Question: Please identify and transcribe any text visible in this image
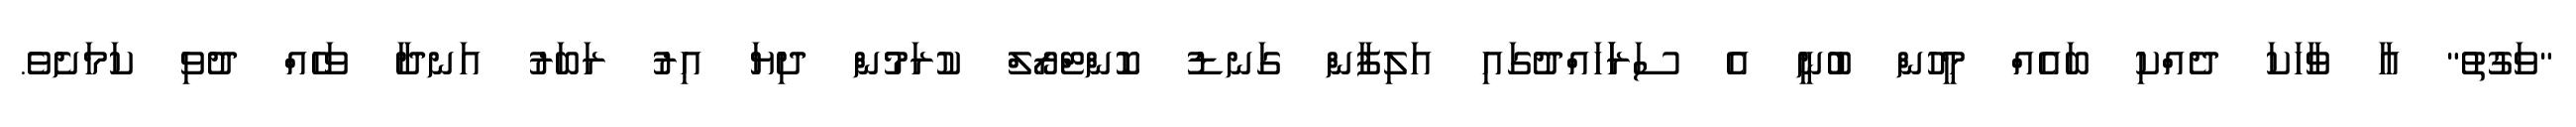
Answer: "ވަގުތު" އާ ވާހަކަ ދެއްކި ބައެއް މީހުން ބުނީ އެ ސަރަަހައްދުގައި އަލިފާން ގަނޑު ކޮންޓްރޯލް ކުރަމުން ދިޔަ އިރު ރަބަރު އަނދާ ވަހެއް ދުވި ކަމަށެވެ.